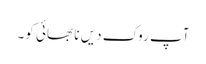
آپ روک دیں نا بھائی کو۔